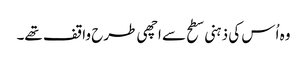
وہ اُس کی ذہنی سطح سے اچھی طرح واقف تھے۔